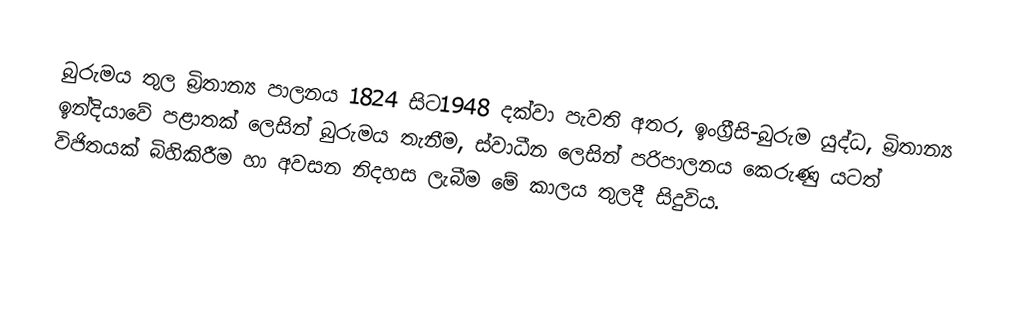
බුරුමය තුල බ්‍රිතාන්‍ය පාලනය 1824 සිට1948 දක්වා පැවති අතර, ඉංග්‍රීසි-බුරුම යුද්ධ,  බ්‍රිතාන්‍ය ඉන්දියාවේ පළාතක් ලෙසින්  බුරුමය තැනීම, ස්වාධීන ලෙසින් පරිපාලනය කෙරුණු යටත් විජිතයක් බිහිකිරීම හා අවසන නිදහස ලැබීම මේ කාලය තුලදී සිදුවිය.